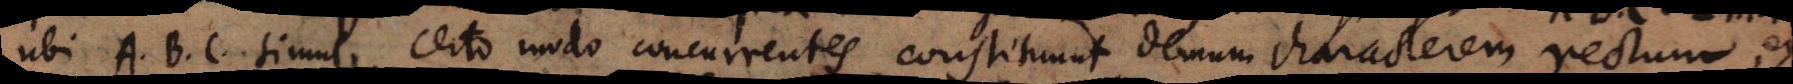
ubi A, B, C, simul certo modo concurrentes constituunt demum characterem rectum, ex